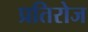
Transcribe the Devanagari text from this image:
प्रतिरोज